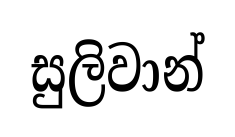
සුලිවාන්